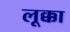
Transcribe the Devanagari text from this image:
लूक्का